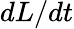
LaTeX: dL/dt